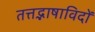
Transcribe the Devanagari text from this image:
तत्तद्भाषाविदों